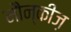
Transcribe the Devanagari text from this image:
मौन्कीज़